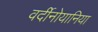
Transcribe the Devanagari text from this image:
वर्दीनोयानिया